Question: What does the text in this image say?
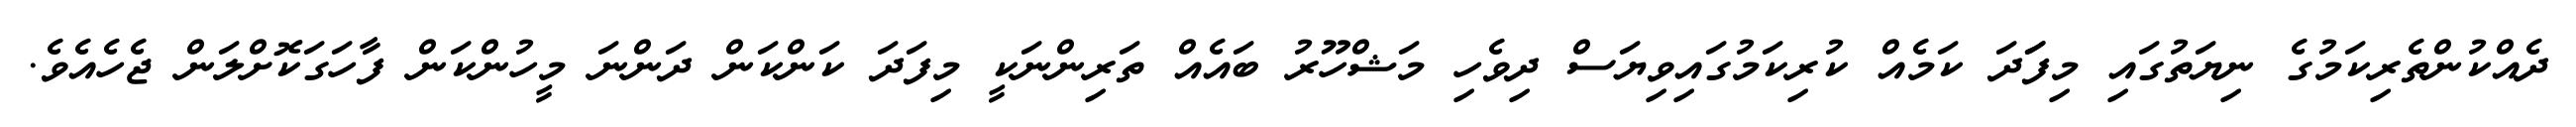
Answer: ދެއްކުންތެރިކަމުގެ ނިޔަތުގައި މިފަަދަ ކަމެއް ކުރިކަމުގައިވިޔަސް ދިވެހި މަޝްހޫރު ބައެއް ތަރިންނަކީ މިފަދަ ކަންކަން ދަންނަ މީހުންކަން ފާހަގަކޮށްލަން ޖެހެއެވެ.